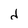
Character: d